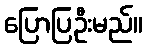
ပြောပြဦးမည်။